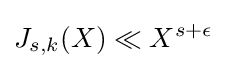
J_{s,k}(X)\ll X^{s+\epsilon }